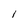
Character: 1